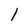
Character: 1